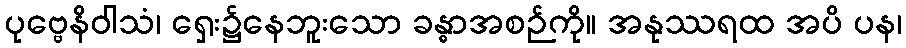
ပုဗ္ဗေနိဝါသံ၊ ရှေး၌နေဘူးသော ခန္ဓာအစဉ်ကို။ အနုဿရထ အပိ ပန၊